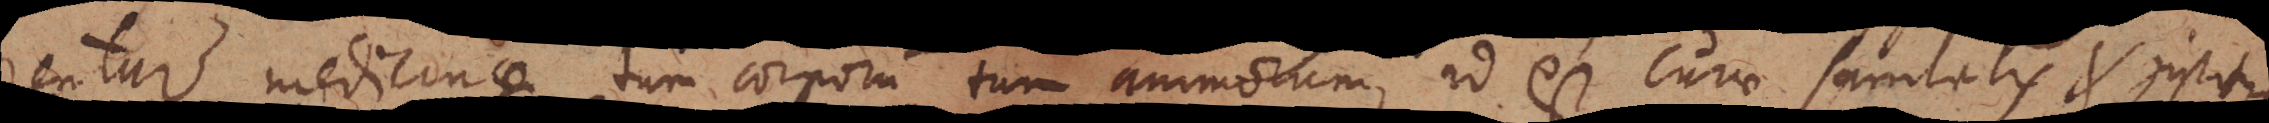
rentur medicinae tum corporum tum animorum, id est curae sanitatis et justitiae